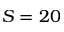
S = 2 0